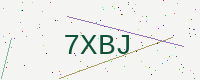
Text: 7XBJ